Indian journal of veterinary science and animal husbandry - Volumes 22-23, 1952-1953
Year: 1952
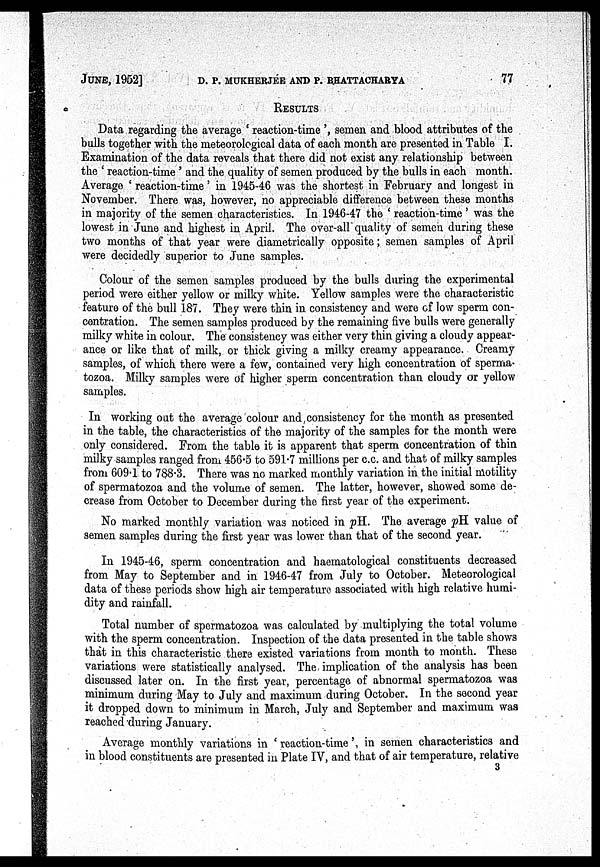
JUNE, 1952] D. P. MUKHERJEE AND P. BHATTACHARYA 77
RESULTS
Data regarding the average 'reaction-time', semen and blood attributes of the
bulls together with the meteorological data of each month are presented in Table I.
Examination of the data reveals that there did not exist any relationship between
the 'reaction-time' and the quality of semen produced by the bulls in each month.
Average 'reaction-time' in 1945-46 was the shortest in February and longest in
November. There was, however, no appreciable difference between these months
in majority of the semen characteristics. In 1946-47 the 'reaction-time' was the
lowest in June and highest in April. The over-all quality of semen during these
two months of that year were diametrically opposite; semen samples of April
were decidedly superior to June samples.
Colour of the semen samples produced by the bulls during the experimental
period were either yellow or milky white. Yellow samples were the characteristic
feature of the bull 187. They were thin in consistency and were of low sperm con-
centration. The semen samples produced by the remaining five bulls were generally
milky white in colour. The consistency was either very thin giving a cloudy appear-
ance or like that of milk, or thick giving a milky creamy appearance. Creamy
samples, of which there were a few, contained very high concentration of sperma-
tozoa. Milky samples were of higher sperm concentration than cloudy or yellow
samples.
In working out the average colour and consistency for the month as presented
in the table, the characteristics of the majority of the samples for the month were
only considered. From the table it is apparent that sperm concentration of thin
milky samples ranged from 456.5 to 591.7 millions per c.c. and that of milky samples
from 609.1 to 788.3. There was no marked monthly variation in the initial motility
of spermatozoa and the volume of semen. The latter, however, showed some de-
crease from October to December during the first year of the experiment.
No marked monthly variation was noticed in pH. The average pH value of
semen samples during the first year was lower than that of the second year.
In 1945-46, sperm concentration and haematological constituents decreased
from May to September and in 1946-47 from July to October. Meteorological
data of these periods show high air temperature associated with high relative humi-
dity and rainfall.
Total number of spermatozoa was calculated by multiplying the total volume
with the sperm concentration. Inspection of the data presented in the table shows
that in this characteristic there existed variations from month to month. These
variations were statistically analysed. The, implication of the analysis has been
discussed later on. In the first year, percentage of abnormal spermatozoa was
minimum during May to July and maximum during October. In the second year
it dropped down to minimum in March, July and September and maximum was
reached during January.
Average monthly variations in 'reaction-time', in semen characteristics and
in blood constituents are presented in Plate IV, and that of air temperature, relative